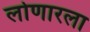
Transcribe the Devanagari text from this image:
लोणारला